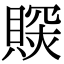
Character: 𧷉